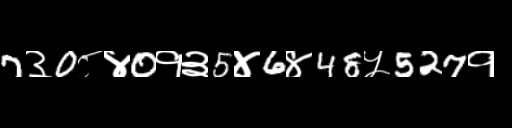
Text: 7३0८४0१३5४6४48५527१